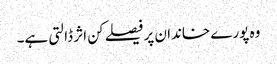
وہ پورے خاندان پر فیصلے کن اثر ڈالتی ہے۔